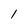
Character: 1